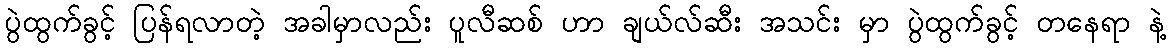
ပွဲထွက်ခွင့် ပြန်ရလာတဲ့ အခါမှာလည်း ပူလီဆစ် ဟာ ချယ်လ်ဆီး အသင်း မှာ ပွဲထွက်ခွင့် တနေရာ နဲ့